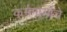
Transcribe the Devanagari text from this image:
कर्ममार्गाचे